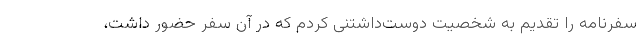
سفرنامه را تقدیم به شخصیت دوست‌داشتنی کردم که در آن سفر حضور داشت،